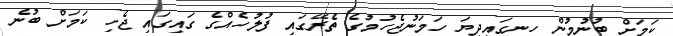
ކަމަށް ބުނުމުން ހިނގައިދިޔަ ހަމަނުޖެހުމުގެ ތެރޭގައި ފުލުހެއްގެ ގައިގައި ޖެހި ކަމަށް ބުނެ